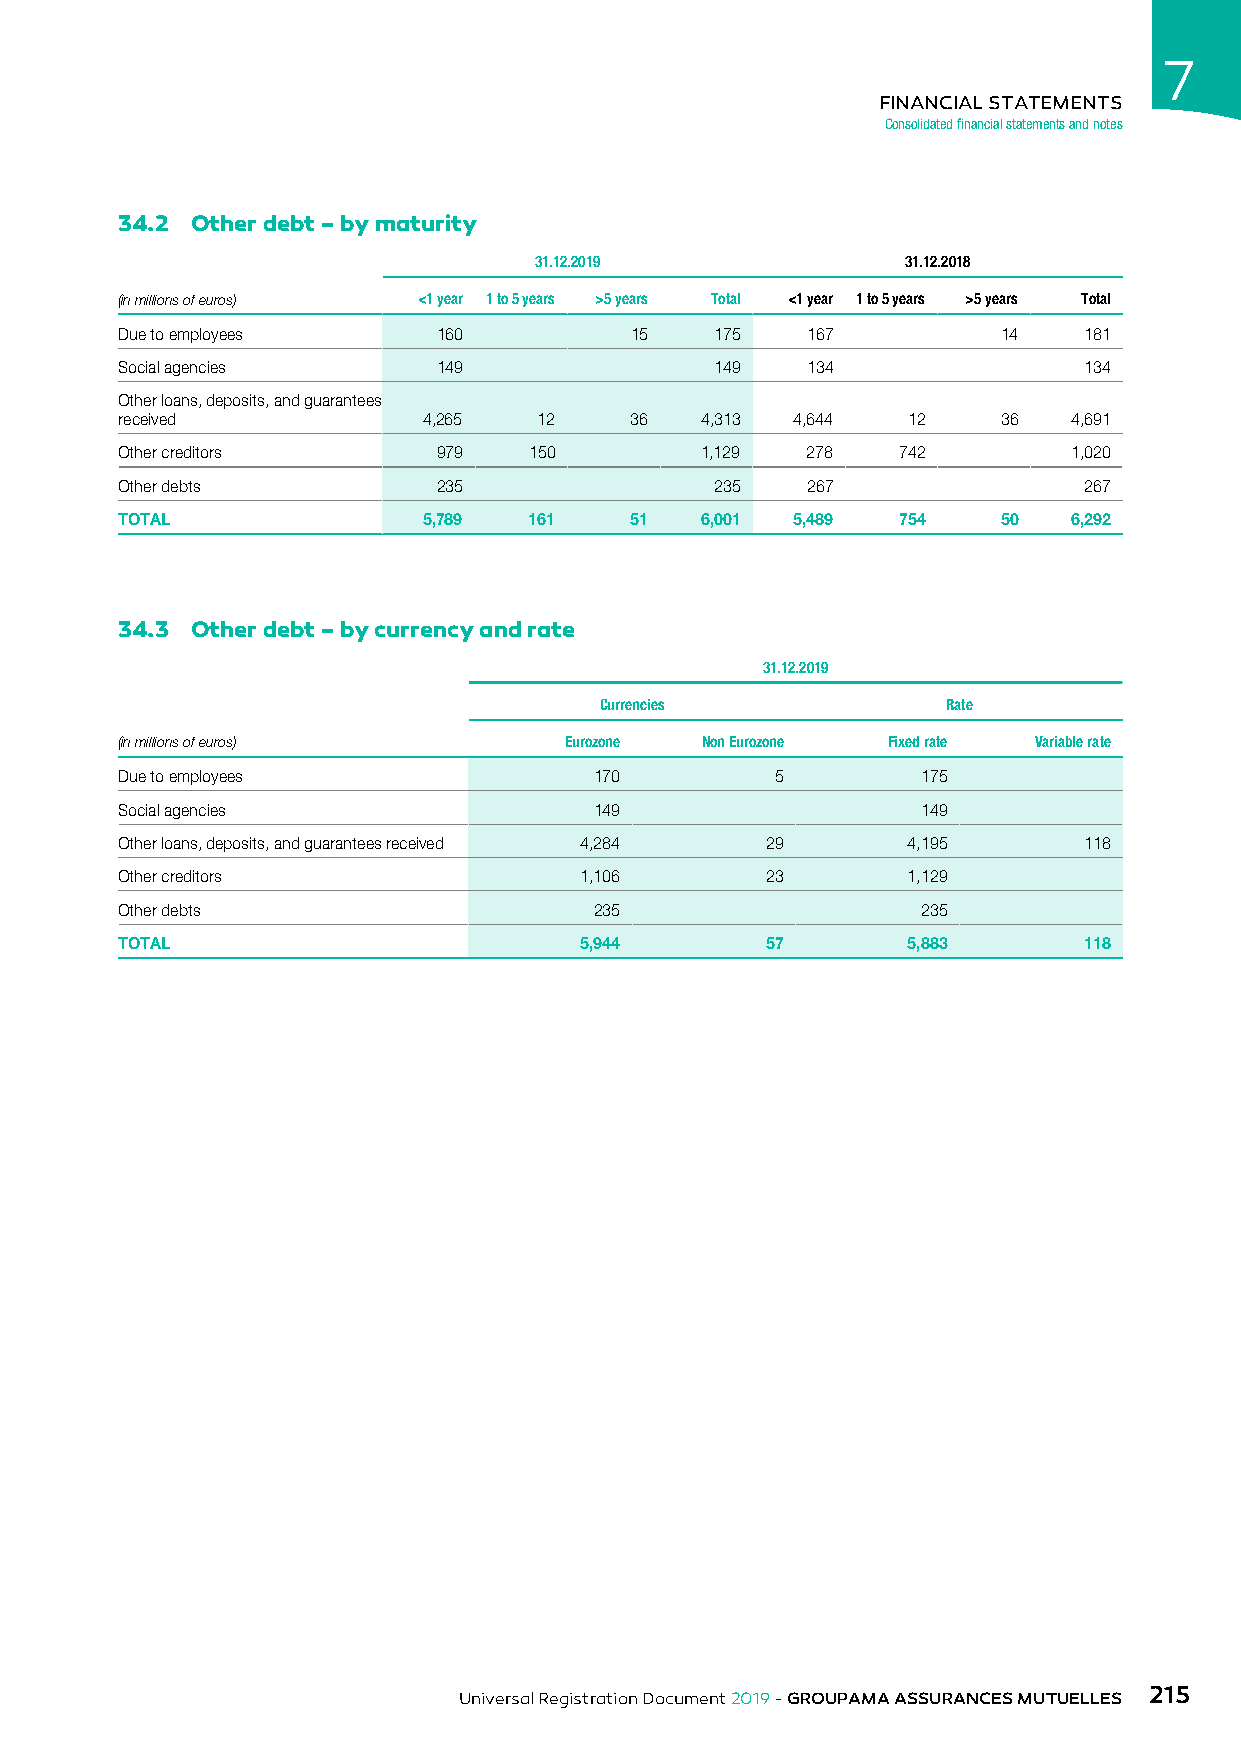
7
 FINANCIAL STATEMENTS
 Consolidated financial statements and notes
 34.2 Other debt – by maturity
 31.12.2019               31.12.2018
 (in millions of euros) <1 year 1 to 5 years >5 years Total <1 year 1 to 5 years >5 years Total
 Due to employees     160          15   175   167          14    181
 Social agencies      149               149   134                134
 Other loans, deposits, and guarantees
 received            4,265   12    36  4,313 4,644   12    36   4,691
 Other creditors      979   150        1,129  278   742         1,020
 Other debts          235               235   267                267
 TOTAL               5,789  161    51  6,001 5,489  754    50   6,292
 34.3 Other debt – by currency and rate
 31.12.2019
 Currencies             Rate
 (in millions of euros)       Eurozone Non Eurozone Fixed rate Variable rate
 Due to employees               170         5         175
 Social agencies                149                   149
 Other loans, deposits, and guarantees received 4,284 29 4,195   118
 Other creditors               1,106        23       1,129
 Other debts                    235                   235
 TOTAL                         5,944        57       5,883       118
 215
 Universal Registration Document 2019 - GROUPAMA ASSURANCES MUTUELLES